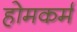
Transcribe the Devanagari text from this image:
होमकर्म